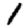
Digit: 1